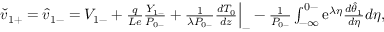
\begin{array} { r } { \check { v } _ { 1 + } = \hat { v } _ { 1 - } = V _ { 1 - } + \frac { q } { L e } \frac { Y _ { 1 - } } { P _ { 0 - } } + \frac { 1 } { \lambda P _ { 0 - } } \frac { d T _ { 0 } } { d z } \Big | _ { - } - \frac { 1 } { P _ { 0 - } } \int _ { - \infty } ^ { 0 - } \mathrm { e } ^ { \lambda \eta } \frac { d \hat { \theta } _ { 1 } } { d \eta } d \eta , } \end{array}